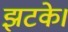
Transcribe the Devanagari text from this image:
झटके।